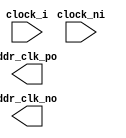
/***************************************************************************
 *                                                                         *
 *   ddr_clocks.v - Generates the differential clocks required by the DDR  *
 *     device.                                                             *
 *                                                                         *
 *   Copyright (C) 2007 by Patrick Suggate                                 *
 *   patrick@physics.otago.ac.nz                                           *
 *                                                                         *
 *   This program is free software; you can redistribute it and/or modify  *
 *   it under the terms of the GNU General Public License as published by  *
 *   the Free Software Foundation; either version 2 of the License, or     *
 *   (at your option) any later version.                                   *
 *                                                                         *
 *   This program is distributed in the hope that it will be useful,       *
 *   but WITHOUT ANY WARRANTY; without even the implied warranty of        *
 *   MERCHANTABILITY or FITNESS FOR A PARTICULAR PURPOSE.  See the         *
 *   GNU General Public License for more details.                          *
 *                                                                         *
 *   You should have received a copy of the GNU General Public License     *
 *   along with this program; if not, write to the                         *
 *   Free Software Foundation, Inc.,                                       *
 *   59 Temple Place - Suite 330, Boston, MA  02111-1307, USA.             *
 ***************************************************************************/

`timescale 1ns/100ps
module clocks (
		clock_i,	// 100 MHz system clock
		clock_ni,
		
		ddr_clk_po,	// Differential clock
		ddr_clk_no
	);
	
	input	clock_i;
	input	clock_ni;
	
	// DDR clock signals
	output	ddr_clk_po;
	output	ddr_clk_no;
	
	
	// TODO: Do some IOB stuff.
	
	
endmodule	// ddr_clocks